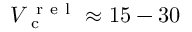
{ V _ { \mathrm { ~ c ~ } } ^ { \mathrm { ~ r ~ e ~ l ~ } } \approx 1 5 - 3 0 }